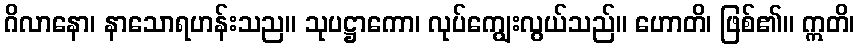
ဂိလာနော၊ နာသောရဟန်းသည။ သုပဋ္ဌာကော၊ လုပ်ကျွေးလွယ်သည်။ ဟောတိ၊ ဖြစ်၏။ ဣတိ၊